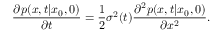
\frac { \partial p ( x , t | x _ { 0 } , 0 ) } { \partial t } = \frac { 1 } { 2 } \sigma ^ { 2 } ( t ) \frac { \partial ^ { 2 } p ( x , t | x _ { 0 } , 0 ) } { \partial x ^ { 2 } } .